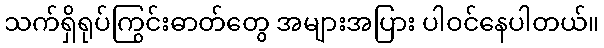
သက်ရှိရုပ်ကြွင်းဓာတ်တွေ အများအပြား ပါဝင်နေပါတယ်။